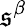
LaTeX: \mathfrak{s}^{\beta}